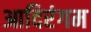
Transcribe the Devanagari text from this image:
आदिरंगम